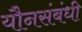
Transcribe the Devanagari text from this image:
यौनसंबंधी